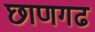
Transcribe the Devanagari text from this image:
छाणगढ